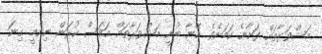
މަޝްވަރާތައް ފަށާނެ ކަމަށެވެ. އޭނާ ބުނީ މަޝްވަރާތައް އަވަސް ކުރަން ނިންމީ ގިނަ